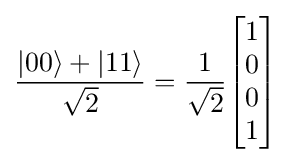
{\frac {|00\rangle +|11\rangle }{\sqrt {2}}}={\frac {1}{\sqrt {2}}}{\begin{bmatrix}1\\0\\0\\1\end{bmatrix}}